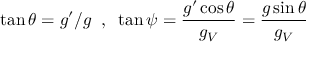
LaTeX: \tan \theta = g ^ { \prime } / g \; \; , \; \; \tan \psi = \frac { g ^ { \prime } \cos \theta } { g _ { V } } = \frac { g \sin \theta } { g _ { V } }